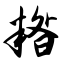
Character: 糌